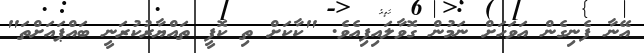
އޭނާ ފެނިގެން އަވަހަށް ނަމުން ގޮވާލައިފިއެވެ. "ކާކަށް ތި ކޮފީ ތައްޔާރުކުރަނީ ބައްޕައަށްތަ"